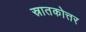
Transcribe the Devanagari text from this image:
स्रातकोत्तर